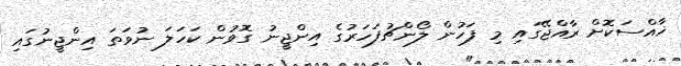
ޚާއްސަކޮށް ރާއްޖޭގައި މި ފަހުން ލޯންޗުފަހަރުގެ އިންޖީނު ގޮވުން ކަހަލަ ނުވަތަ އިންޖީނުގައި